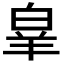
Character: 𭽗